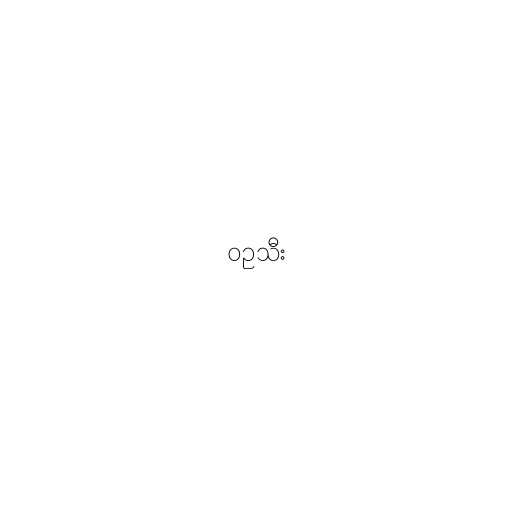
ဝဥသီး